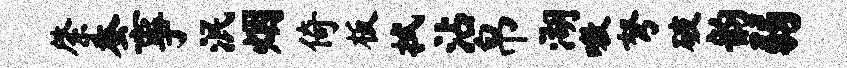
綮蚕事泯烟倚板拭沾帛湖嗷弩破韵弱